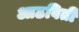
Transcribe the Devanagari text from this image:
आठविती